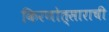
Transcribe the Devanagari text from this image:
किरणोत्साराची